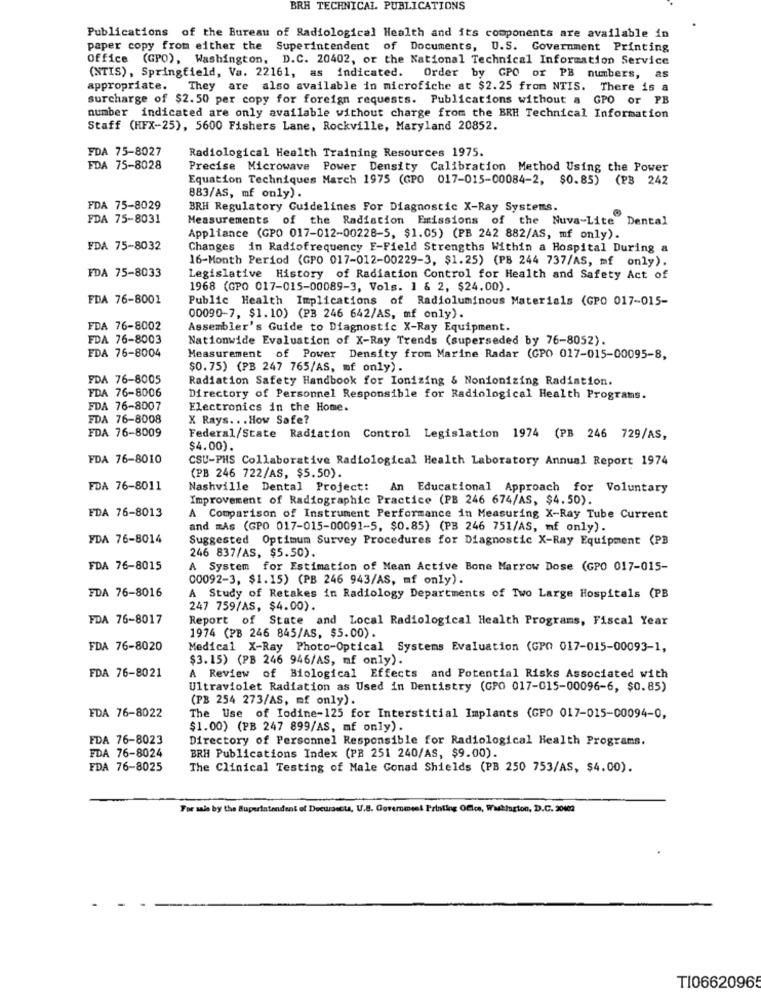
BRH TECHNICAL PUBLICATIONS
Publications of the Bureau of Radiological Health and its components are available in
paper copy from either the Superintendent of Documents, U.S. Government Printing
Office (GPO), Washington, D.C. 20402, or the National Technical Information Service
(NTIS), Springfield, Va. 22161, as indicated. Order by GPO or PB numbers, as
appropriate. They are also available in microfiche at $2.25 from NTIS. There is a
surcharge of $2.50 per copy for foreign requests. Publications without a GPO or PB
number indicated are only available without charge from the BRH Technical Information
Staff (HFX-25), 5600 Fishers Lane, Rockville, Maryland 20852.
FDA 75-8027
Radiological Health Training Resources 1975.
FDA 75-8028
Precise Microwave Power Density Calibration Method Using the Power
Equation Techniques March 1975 (GPO 017-015-00084-2, $0.85) (PB 242
883/AS, mf only).
FDA 75-8029
BRH Regulatory Guidelines For Diagnostic X-Ray Systems.
FDA 75-8031
Measurements of the Radiation Emissions of the Nuva-Lite Dental
Appliance (GPO 017-012-00228-5, $1.05) (PB 242 882/AS, mf only).
FDA 75-8032
Changes in Radiofrequency F-Field Strengths Within a Hospital During a
16-Month Period (GPO 017-012-00229-3, $1.25) (PB 244 737/AS, mf only).
FDA 75-8033
Legislative History of Radiation Control for Health and Safety Act of
1968 (GPO 017-015-00089-3, Vols. 1 & 2, $24.00).
FDA 76-8001
Public Health Implications of Radioluminous Materials (GPO 017-015-
00090-7, $1.10) (PB 246 642/AS, mf only).
FDA 76-8002
Assembler's Guide to Diagnostic X-Ray Equipment.
FDA 76-8003
Nationwide Evaluation of X-Ray Trends (superseded by 76-8052).
FDA 76-8004
Measurement of Power Density from Marine Radar (GPO 017-015-00095-8,
$0.75) (PB 247 765/AS, mf only).
FDA 76-8005
Radiation Safety Handbook for Ionizing & Nonionizing Radiation.
FDA 76-8006
Directory of Personnel Responsible for Radiological Health Programs.
FDA 76-8007
Electronics in the Home.
FDA 76-8008
X Rays ... How Safe?
FDA 76-8009
Federal/State Radiation Control Legislation 1974 (PB 246 729/AS,
$4.00).
FDA 76-8010
CSU-PHS Collaborative Radiological Health Laboratory Annual Report 1974
(PB 246 722/AS, $5.50).
FDA 76-8011
Nashville Dental Project: An Educational Approach for Voluntary
Improvement of Radiographic Practice (PB 246 674/AS, $4.50).
FDA 76-8013
A Comparison of Instrument Performance in Measuring X-Ray Tube Current
and mAs (GPO 017-015-00091-5, $0.85) (PB 246 751/AS, mf only).
FDA 76-8014
Suggested Optimum Survey Procedures for Diagnostic X-Ray Equipment (PB
246 837/AS, $5.50).
FDA 76-8015
A System for Estimation of Mean Active Bone Marrow Dose (GPO 017-015-
00092-3, $1.15) (PB 246 943/AS, mf only).
FDA 76-8016
A Study of Retakes in Radiology Departments of Two Large Hospitals (PB
247 759/AS, $4.00).
FDA 76-8017
Report of State and Local Radiological Health Programs, Fiscal Year
1974 (PB 246 845/AS, $5.00).
FDA 76-8020
Medical X-Ray Photo-Optical Systems Evaluation (GPO 017-015-00093-1,
$3.15) (PB 246 946/AS, mf only).
FDA 76-8021
A Review of Biological Effects and Potential Risks Associated with
Ultraviolet Radiation as Used in Dentistry (GPO 017-015-00096-6, $0.85)
(PB 254 273/AS, mf only).
FDA 76-8022
The Use of Iodine-125 for Interstitial Implants (GPO 017-015-00094-0,
$1.00) (PB 247 899/AS, mf only).
FDA 76-8023
Directory of Personnel Responsible for Radiological Health Programs.
FDA 76-8024
BRH Publications Index (PB 251 240/AS, $9.00).
FDA 76-8025
The Clinical Testing of Male Conad Shields (PB 250 753/AS, $4.00).
For mis by the Superintendent of Documents, U.S. Government Printing Ofics, Washington, D.C. 20403
T106620965